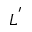
L ^ { ' }